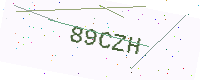
Text: 89CZH